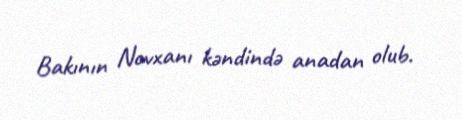
Bakının Novxanı kəndində anadan olub.